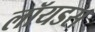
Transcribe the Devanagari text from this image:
लॉयडस